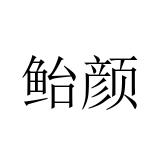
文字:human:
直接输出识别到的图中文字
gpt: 鲐颜